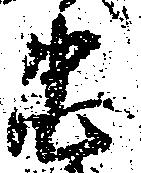
忠